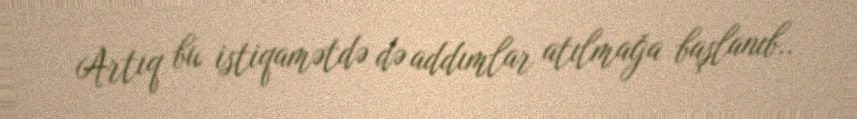
Artıq bu istiqamətdə də addımlar atılmağa başlanıb..